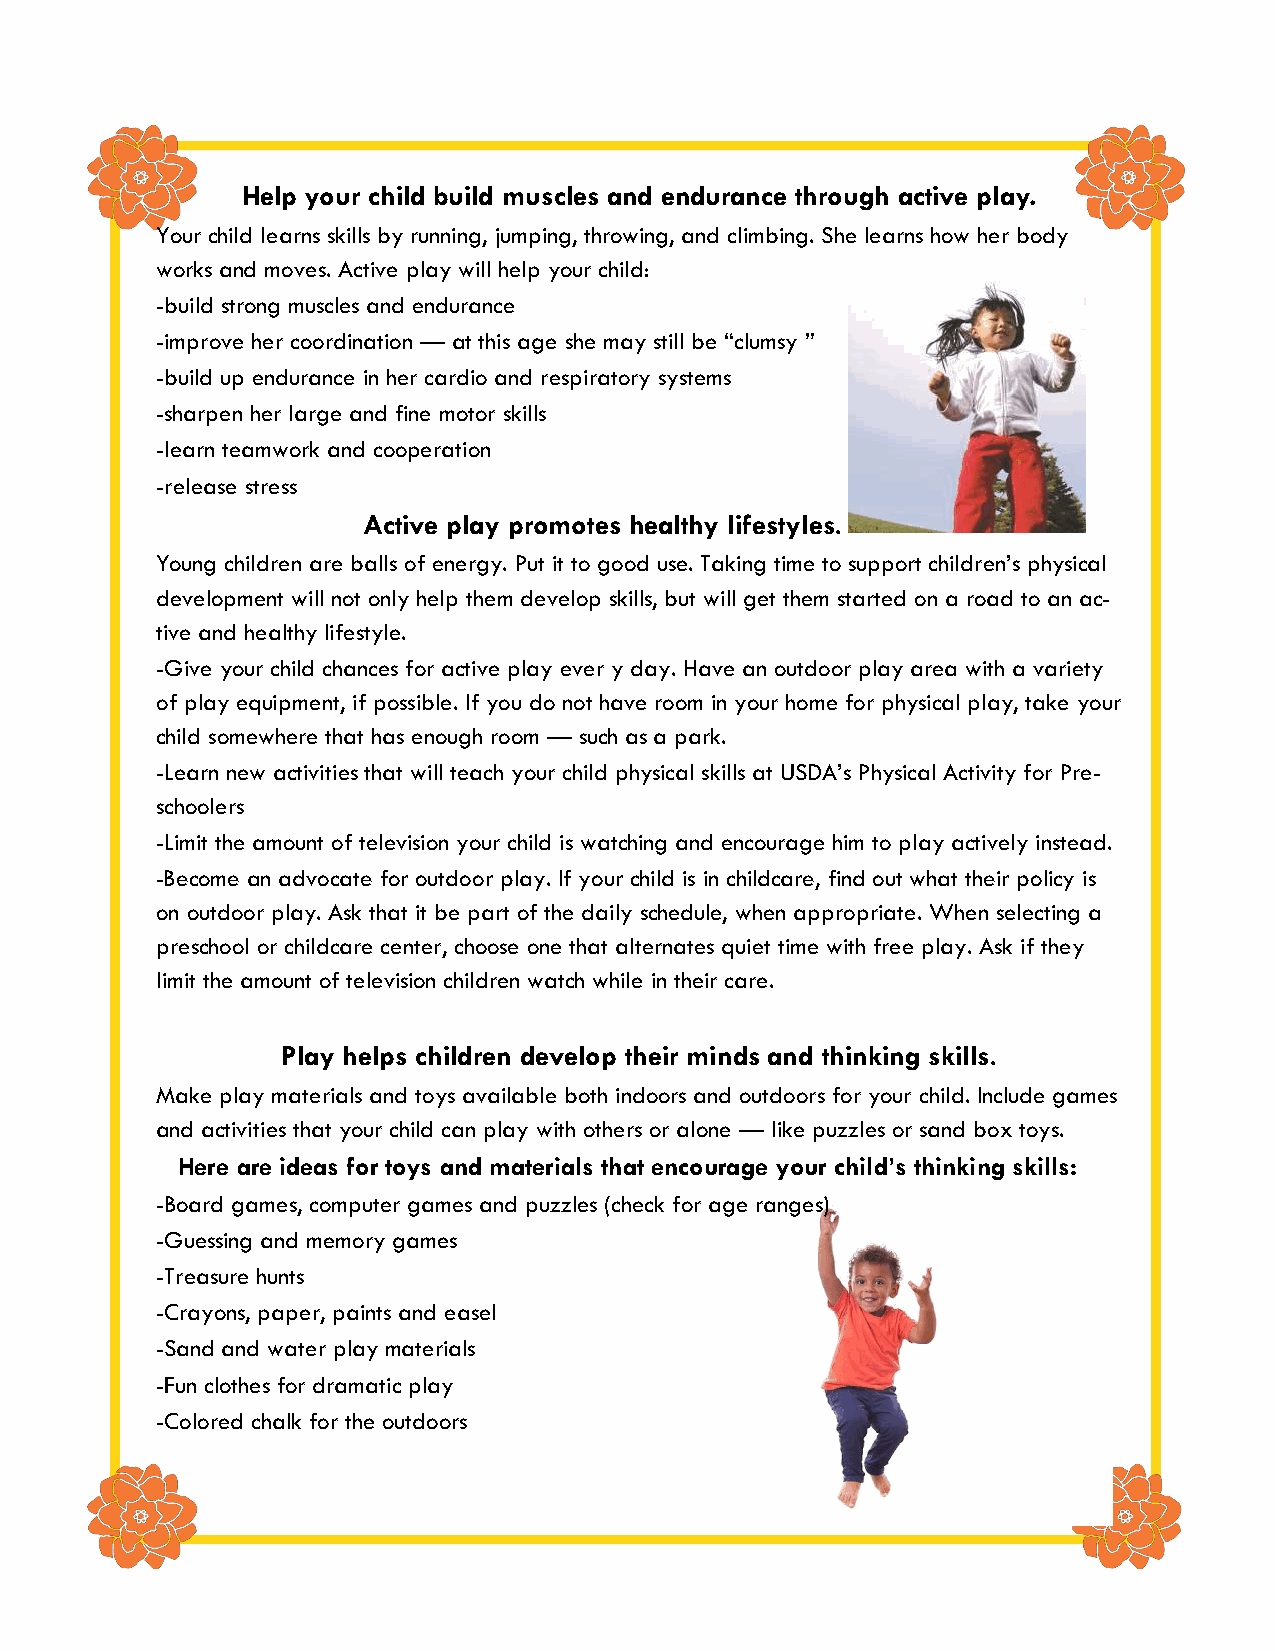
Help your child build muscles and endurance through active play.
 Your child learns skills by running, jumping, throwing, and climbing. She learns how her body
 works and moves. Active play will help your child:
 -build strong muscles and endurance
 -improve her coordination — at this age she may still be “clumsy ”
 -build up endurance in her cardio and respiratory systems
 -sharpen her large and fine motor skills
 -learn teamwork and cooperation
 -release stress
 Active play promotes healthy lifestyles.
 Young children are balls of energy. Put it to good use. Taking time to support children’s physical
 development will not only help them develop skills, but will get them started on a road to an ac-
 tive and healthy lifestyle.
 -Give your child chances for active play ever y day. Have an outdoor play area with a variety
 of play equipment, if possible. If you do not have room in your home for physical play, take your
 child somewhere that has enough room — such as a park.
 -Learn new activities that will teach your child physical skills at USDA’s Physical Activity for Pre-
 schoolers
 -Limit the amount of television your child is watching and encourage him to play actively instead.
 -Become an advocate for outdoor play. If your child is in childcare, find out what their policy is
 on outdoor play. Ask that it be part of the daily schedule, when appropriate. When selecting a
 preschool or childcare center, choose one that alternates quiet time with free play. Ask if they
 limit the amount of television children watch while in their care.
 Play helps children develop their minds and thinking skills.
 Make play materials and toys available both indoors and outdoors for your child. Include games
 and activities that your child can play with others or alone — like puzzles or sand box toys.
 Here are ideas for toys and materials that encourage your child’s thinking skills:
 -Board games, computer games and puzzles (check for age ranges)
 -Guessing and memory games
 -Treasure hunts
 -Crayons, paper, paints and easel
 -Sand and water play materials
 -Fun clothes for dramatic play
 -Colored chalk for the outdoors